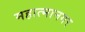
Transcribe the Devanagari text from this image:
महात्मानगर